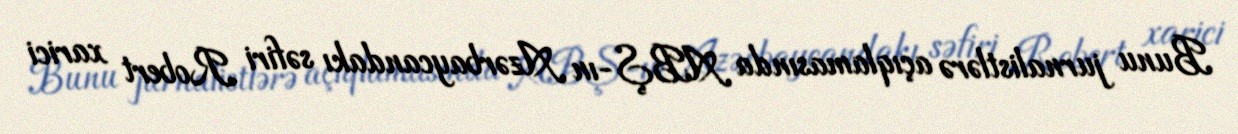
Bunu jurnalistlərə açıqlamasında ABŞ-ın Azərbaycandakı səfiri Robert xarici